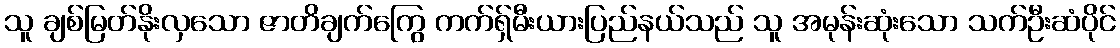
သူ ချစ်မြတ်နိုးလှသော ဇာတိချက်ကြွေ ကက်ရှ်မီးယားပြည်နယ်သည် သူ အမုန်းဆုံးသော သက်ဦးဆံပိုင်